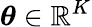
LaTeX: \boldsymbol\theta\in\mathbb{R}^{K}